Indian Medical Review
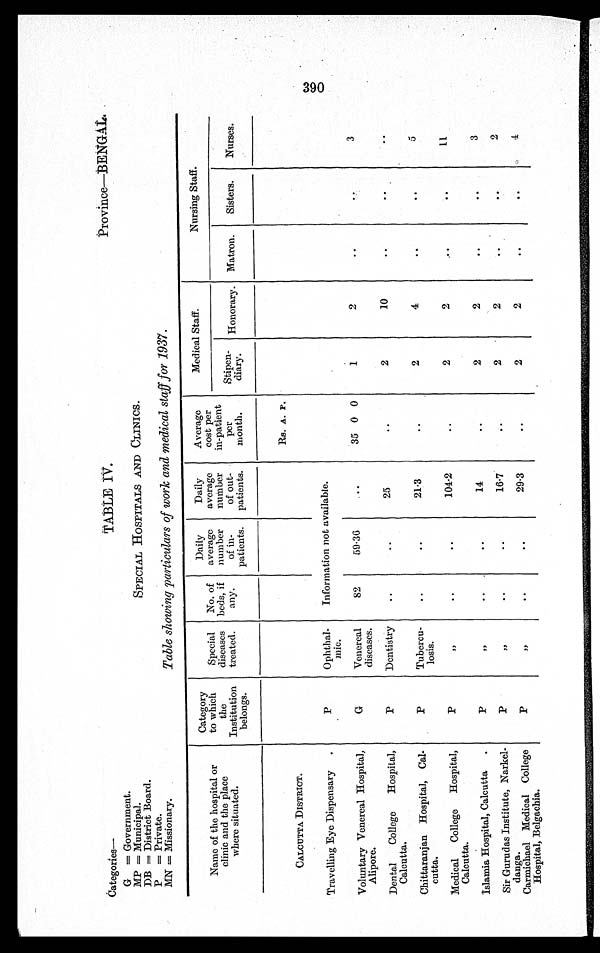
Categories—
TABLE IV.
Province—BENGAL.
G = Government.
SPECIAL HOSPITALS AND CLINICS.
MP = Municipal.
DB = District Board.
P = Private.
Table showing particulars of work and medical staff for 1937.
MN = Missionary.
Name of the hospital or
clinic and the place
where situated.
Category
to which
the
Institution
belongs.
Special
diseases
treated.
No. of
beds, if
any.
Daily
average
number
of in-
patients.
Daily
average
number
of out-
patients.
Average
cost per
in-patient
per
month.
Medical Staff.
Nursing Staff.
Stipen
diary.
Honorary. Matron.
Sisters.
Nurses.
CALCUTTA DISTRICT.
Rs. A. P.
Travelling Eye Dispensary.
P
Ophthal
-mic.
Information not available.
Voluntary Venereal Hospital,
Alipore.
G
Venereal
diseases.
82
59.36
35 0 0
1
2
3
Dental College Hospital,
Calcutta.
P
Dentistry
25
2
10
Chittaranjan Hospital, Cal
cutta.
P
Tubercu
losis.
21.3
2
4
5
Medical College Hospital,
Calcutta.
„
104.2
2
2
1 1
Islamia Hospital, Calcutta.
P
„
14
2
2
3
Sir Gurudas Institute, Narkel
danga.
P
„
16.7
2
2
2
Carmichael Medical College
Hospital, Belgachia.
P
„
29.3
2
2
4
390